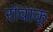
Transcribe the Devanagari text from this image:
रांवाक्